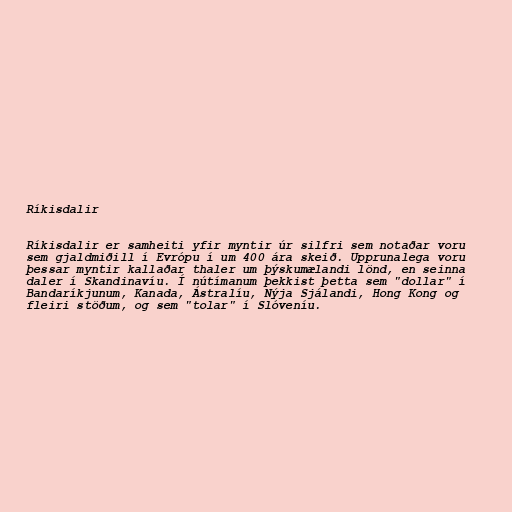
Ríkisdalir

Ríkisdalir er samheiti yfir myntir úr silfri sem notaðar voru
sem gjaldmiðill í Evrópu í um 400 ára skeið. Upprunalega voru
þessar myntir kallaðar thaler um þýskumælandi lönd, en seinna
daler í Skandinavíu. Í nútímanum þekkist þetta sem "dollar" í
Bandaríkjunum, Kanada, Ástralíu, Nýja Sjálandi, Hong Kong og
fleiri stöðum, og sem "tolar" í Slóveníu.